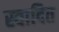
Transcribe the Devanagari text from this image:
स्वादित